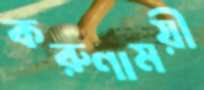
করুণাময়ী